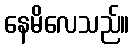
နေမိလေသည်။